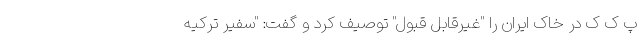
پ ک ک در خاک ایران را "غیرقابل قبول" توصیف کرد و گفت: "سفیر ترکیه